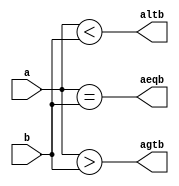
module comp_assign(a, b, agtb, altb, aeqb);
    input  [3:0] a, b;
    output       altb, agtb, aeqb;

    assign altb = (a < b);
    assign agtb = (a > b);
    assign aeqb = (a == b);
     
endmodule